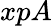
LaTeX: xpA